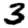
Digit: 3